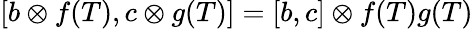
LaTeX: [b\otimes f(T),c\otimes g(T)]=[b,c]\otimes f(T)g(T)